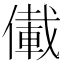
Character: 儎